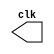
module clock
	#(parameter delay = 100)
	(clk);
	output reg clk = 1;

	always #delay clk = ~clk;
endmodule
//checked